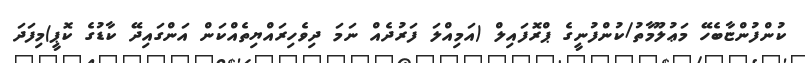
ކުންފުންޏާބެހޭ މަޢުލޫމާތު/ކުންފުނީގެ ޕްރޮފައިލް (އަމިއްލަ ފަރުދެއް ނަމަ ދިވެހިރައްޔިތެއްކަން އަންގައިދޭ ކާޑުގެ ކޮޕީ)މިފަދަ